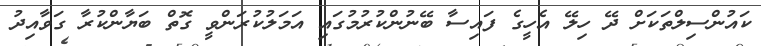
ކައުންސިލްތަކަށް ދޭ ހިލޭ އެހީގެ ފައިސާ ބޭނުންކުރުމުގައި އަމަލުކުރަންވީ ގޮތް ބަޔާންކުރާ ގަވާއިދު